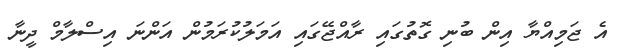
އެ ޖަމިއްޔާ އިން ބުނި ގޮތުގައި ރާއްޖޭގައި އަމަލުކުރަމުން އަންނަ އިސްލާމް ދީނާ